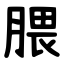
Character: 腲